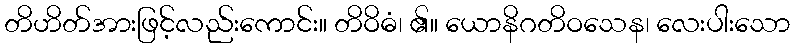
တိဟိတ်အားဖြင့်လည်းကောင်း။ တိဝိဓံ၊ ၏။ ယောနိဂတိဝသေန၊ လေးပါးသော